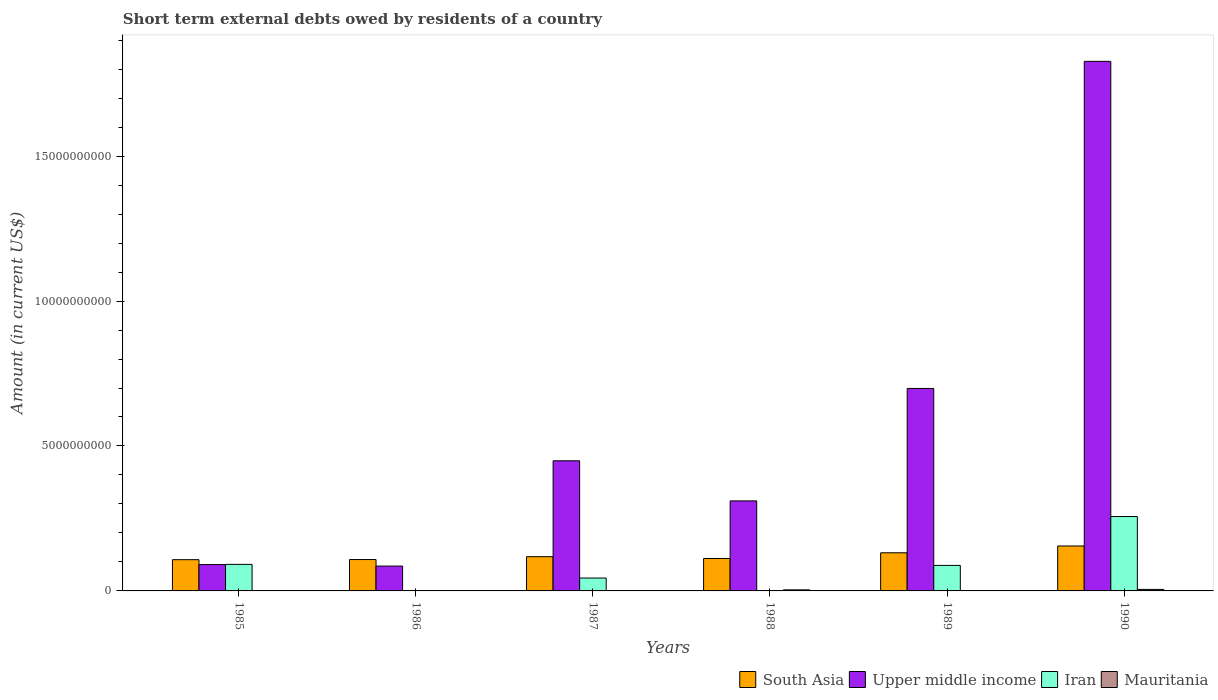
| Years | South Asia | Upper middle income | Iran | Mauritania |
 | --- | --- | --- | --- | --- |
 | 1985 | 1.08e+09 | 9.09e+08 | 9.16e+08 | 1e+06 |
 | 1986 | 1.08e+09 | 8.57e+08 | -2.75e+08 | 3.78e+06 |
 | 1987 | 1.18e+09 | 4.49e+09 | 4.44e+08 | 2.72e+06 |
 | 1988 | 1.12e+09 | 3.11e+09 | -9.01e+07 | 3.71e+07 |
 | 1989 | 1.32e+09 | 6.99e+09 | 8.8e+08 | -6.05e+06 |
 | 1990 | 1.55e+09 | 1.83e+10 | 2.57e+09 | 5.25e+07 |